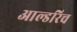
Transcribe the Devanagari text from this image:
आल्डरिच